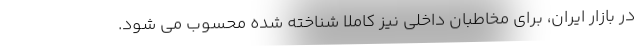
در بازار ایران، برای مخاطبان داخلی نیز کاملا شناخته شده محسوب می شود.